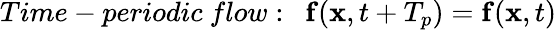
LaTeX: Time-periodic\ flow:\ \ \mathbf{f}(\mathbf{x},t+T_{p})=\mathbf{f}(\mathbf{x},t)